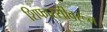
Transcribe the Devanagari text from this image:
शिफारसीवरून